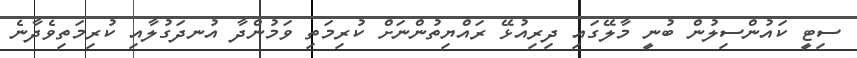
ސިޓީ ކައުންސިލުން ބުނީ މާލޭގައި ދިރިއުޅޭ ރައްޔިތުންނަށް ކުރިމަތި ވަމުންދާ އުނދަގުލާއި ކުރިމަތިވެދާނެ